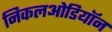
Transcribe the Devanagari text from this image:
निकलओडियॉन